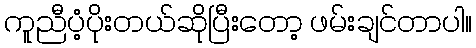
ကူညီပံ့ပိုးတယ်ဆိုပြီးတော့ ဖမ်းချင်တာပါ။